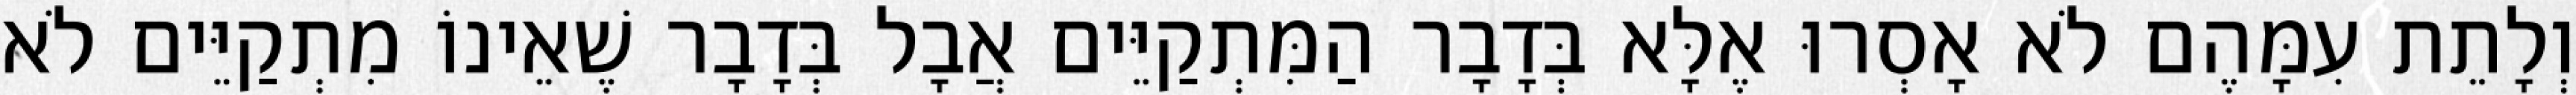
וְלָתֵת עִמָּהֶם לֹא אָסְרוּ אֶלָּא בְּדָבָר הַמִּתְקַיֵּים אֲבָל בְּדָבָר שֶׁאֵינוֹ מִתְקַיֵּים לֹא